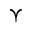
\curlyvee